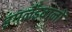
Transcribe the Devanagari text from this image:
इंगलैंडवालों